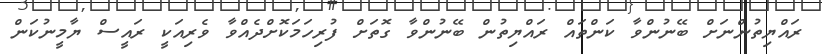
ރައްޔިތުންނަށް ބޭނުންވާ ކަންތައް ރައްޔިތުން ބޭނުންވާ ގޮތަށް ފުރިހަމަކޮށްދެއްވާ ވެރިއަކީ ރައީސް ޔާމީނުކަން